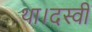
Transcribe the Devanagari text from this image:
था।दस्वीं